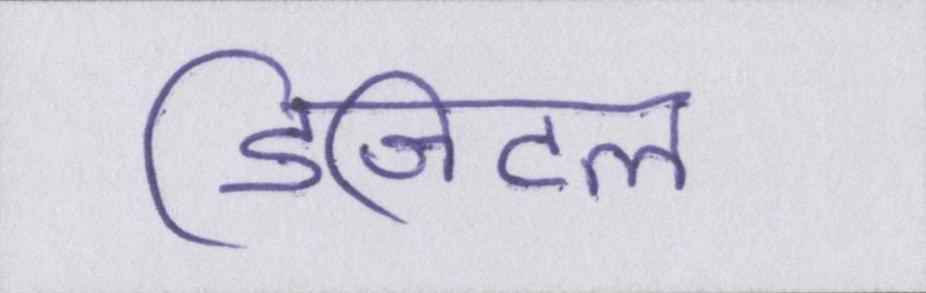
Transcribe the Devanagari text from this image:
डिजिटल